Annual report on the working of the lock hospitals in the North-Western Provinces and Oudh
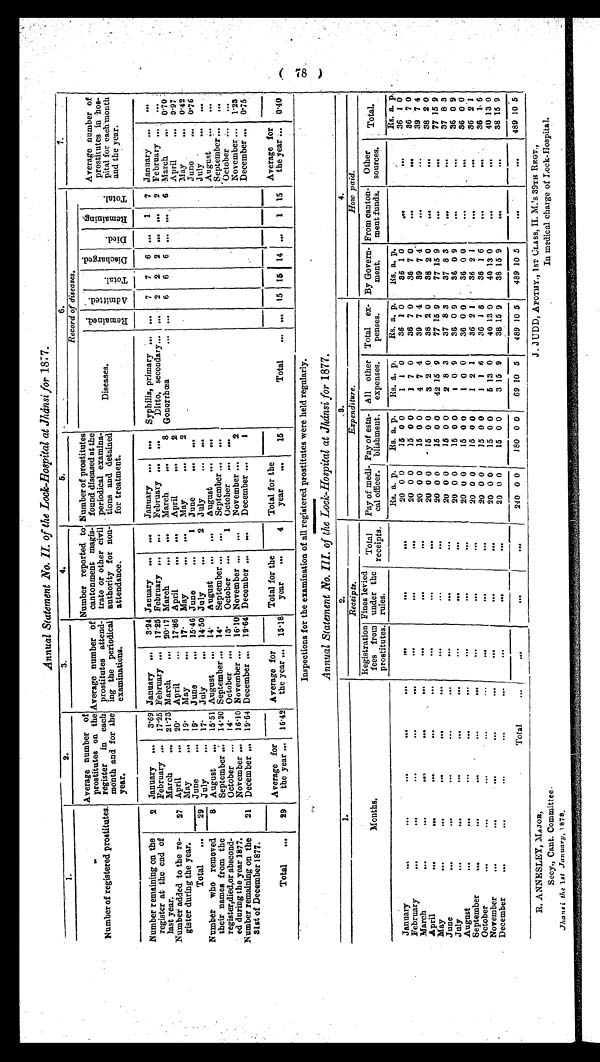
R. ANNESLEY, MAJOR,
Secy., Cant. Committee.
Jhansi the 1st January, 1878.
J. JUDD, APOTHY., 1ST CLASS , II. M.'s 39TH REGT.,
In medical charge of Lock-Hospital.
Annual Statement No. II. of the Lock-Hospital at Jhánsi for 1877.
1.
2.
3
4.
5.
6
7
Number of registered prostitutes.Aver age number of pr ost i t ut es on t he r egi st er i n each mont h and f or t he year . Aver age number of pr ost i t ut es at t endi ng t he per i odi cal exami nat i on.
Number r epor t ed t o cant oment magi s t r at e or ot her ci vi l aut hor i t y f or non- at t endance.
Numbe r of pr os t i t ut e s f ounf di s e a s e d a t t he pe r i odi c a l e xa mi na t i on a nd de t a i ne d f or t r e a t e me nt .
Record of diseases.
Diseases.
Remained.Admitted.
Total.
Discharged.
Died.
Remaining Total.
A v e r a g e n u m b e r o f p r o s t i t u t e s i n h o s p i t a l f o r e a c h m o n t h a n d t h e y e a r .
Number remaining on the register at the end of last year.
2
January ...
3.69 January ...
3.24 January ...
...
January ...
...
Syphilis primary ...... 7 7 6 ... 1 7 January ...
...
February ... 17.25February ... 17.25February ... ...
February ... ...
Ditto, secondary ...... 2 2 2 ... ... 2 February ... ....
March ...
21.73March ...
20.17March ...
...
March ...
8
Gonorrhœa ...
... 6 6 6 ... ... 6 March ...
0.70
Number added to the register during the year. 27
April ...
20. April ...
17.86April ...
...
April ...
2
Aprl ...
0.97
May ....
19. May ...
17. May ...
...
May ...
2
May ...
0.42
Total ...
29
June ...
19. June ...
15.46June ...
1
June ...
...
June ...
0.76
July ...
17. July ...
14.50July ...
2
July ...
...
July ...
...
Number who r emoved t hei r names f r om t he r egi st er , di ed, or absconded dur i ngt he year . 1877. 8
15.51
14. August ...
...
August ...
...
August ...
...
August ...
August ...
September ...14.20September ...14. September ......
September ......
September ......
14. October ...
13. October ...
1
October ...
...
October ...
...
October ...
November ...16.10November ...16.10November ......
November ...2
November ...1.23
Number remaining on the 31st of December 1877.
21
December ...19.64December ...19.64December ......
December ...1
December ...0.75
Total ..
29
Average for the year ...16.42Average for the year ... 15.18Total for the year ...4
Total for the year ...
15
Total ...
... 15 15 14 ... 1 15 Average for the year ... 0.40
Inspections for the examination of all registered prostitutes were held regularly.
Annual Statement .No. Ill. of the Lock-Hospital at Jhánsi for 1877.
1
2
3
4
Receipts.
Expenditure.
How paid.
Months.
Registration fees from prostitutes. Fines levied under the rules.
Total receipts.
Pay of medical officer Pay of estasblishment
All other expenses.
Total expenses. By Government.From contonment funds.Other sources.Total.
R s .
a. p. Rs. a. p.
R s .
a. p.
R s .
a. p.
R s .a. p.
R s . a .
p.
January ... ... ... ... ...
...
...
...
20
0 0 15
0 0 1
1 0 36
1 0 36
1 0 ...
...
36 1 0
February ... ... ... ... ...
...
...
...
20
0 0 15
0 0 1
7 0 36
7 0 36
7 0 ...
..
36 7 0
March ... ... ... ... ...
...
...
...
20
0 0 15
0 0 4
7 4 39
7 4 39
7 4 ...
...
39 7 4
April ... ... ... ... ...
...
...
...
20
0 0 15
0 0 3
2 0 38
2 0 38
2 0 ...
...
38 2 0
May ... ... ... ... ...
...
...
...
20
0 0 15
0 0 42
159 77
159 77
159 ...
...
77 159
June ... ... ... ... ...
...
...
...
20
0 0 15
0 0 2
8 3 37
8 3 37
8 3 ...
...
37 8 3
July ...
...
...
...
20
0 0 15
0 0 1
0 9 36
0 9 36
0 9 ...
...
36 0 9
August ... ... ... ... ...
...
...
...
20
0 0 15
0 0 1
0 0 36
0 0 36
0 0 ...
...
36 0 0
September ... ... ... ... ...
...
...
...
20
0 0 15
0 0 1
2 1 36
2 1 36
2 1 ...
...
36 2 1
October ... ... ... ... ...
...
...
...
20
0 0 15
0 0 1
1 6 36
1 6 36
1 6 ...
...
36 1 6
November ... ... ... ... ...
...
...
...
20
0 0 15
0 0 5
130 40
130 40
130 ...
...
40 130
December ... ... ... ... ...
...
...
...
20
0 0 15
0 0 3
159 38
159 38
159 ...
...
38 159
T o t a l . . . ...
...
...
240 0 0 180 0 0 69 10 5 489
105 489 10 5 ...
. . .
489 105
00